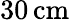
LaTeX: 30\, \mathrm{cm}